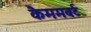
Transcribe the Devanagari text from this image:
कैममबर्ट